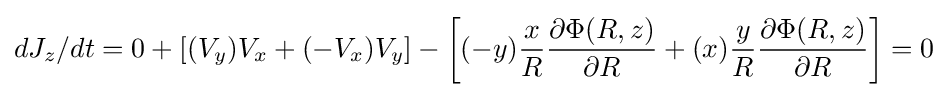
dJ_{z}/dt=0+[(V_{y})V_{x}+(-V_{x})V_{y}]-\left[(-y){x \over R}{\partial \Phi (R,z) \over \partial R}+(x){y \over R}{\partial \Phi (R,z) \over \partial R}\right]=0